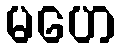
မဟေ